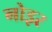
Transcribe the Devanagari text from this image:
नोइर